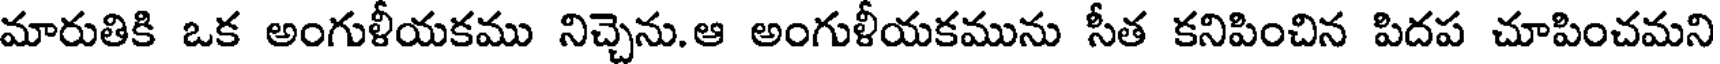
మారుతికి ఒక అంగుళీయకము నిచ్చెను.ఆ అంగుళీయకమును సీత కనిపించిన పిదప చూపించమని